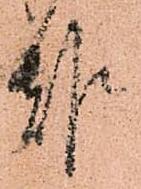
報